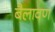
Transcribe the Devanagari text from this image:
बैलावण